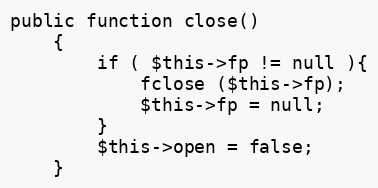
Language: PHP
public function close()
    {
        if ( $this->fp != null ){
            fclose ($this->fp);
            $this->fp = null;
        }
        $this->open = false;
    }